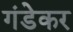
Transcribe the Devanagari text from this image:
गंडेकर